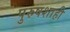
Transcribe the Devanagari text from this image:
पुरुषशाही